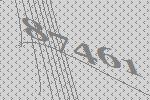
87461